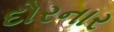
દોરનાર